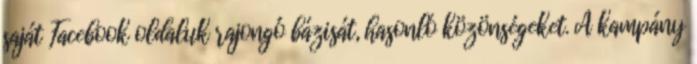
saját Facebook oldaluk rajongó bázisát, hasonló közönségeket. A kampány